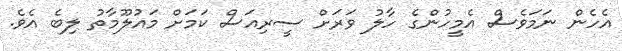
އެހެން ނަމަވެސް އެމީހުންގެ ހާލު ވަރަށް ސީރިއަސް ކަމަށް މައުލޫމާތު ލިބެ އެވެ.